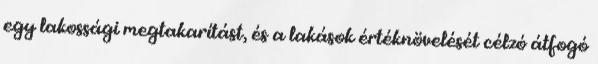
egy lakossági megtakarítást, és a lakások értéknövelését célzó átfogó